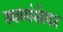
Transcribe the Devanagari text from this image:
स्थळांसोबत